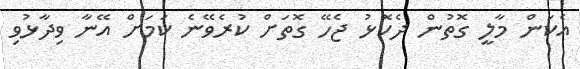
އެކަން މާލީ ގޮތުން ދެކޮޅު ޖެހޭ ގޮތަށް ކުރެވޭނެ ކަމަށް އޭނާ ވިދާޅުވި